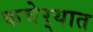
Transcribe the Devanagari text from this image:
कचेर्‍यात